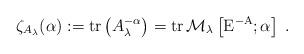
LaTeX: \begin{align*}\zeta_{{A}_{\lambda}}(\alpha):=\mathrm{tr}\left({A}_\lambda^{-\alpha}\right)=\mathrm{tr}\,\mathcal{M}_\lambda\left[\mathrm{E}^{-\mathrm{A}};\alpha\right]\;.\end{align*}